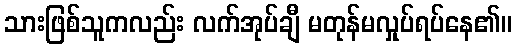
သားဖြစ်သူကလည်း လက်အုပ်ချီ မတုန်မလှုပ်ရပ်နေ၏။